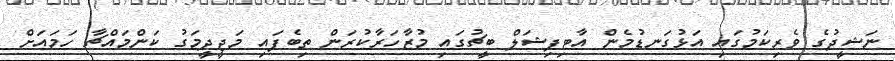
ނަޝީދުގެ ވެރިކަމުގައި އަޅުގަނޑުމެން އާޓިފިޝަލް ބީޗުގައި މުޒާހަރާކުރަން ތިބެފައި މަޖީދީމަގު ކަންމައްޗާ ހަމައަށް